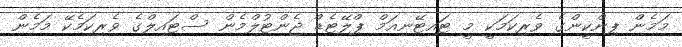
މަމެން ޕިންކީންގެ ވެރިކަމަކީ މީ ޓައިޓޭނިއަމް ޕްލޭޓެޑް ޖެންޓުލްމެން ސްޓައިލްގެ ވެރިކަމެކޭ މަމެން